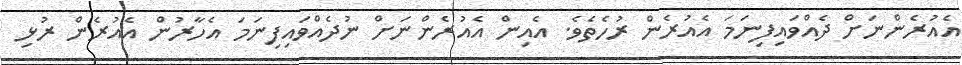
އެއުރެންނަށް ދެއްވައިފިނަމަ އެއުރެން ރުހެތެވެ. އެއިން އެއުރެންނަށް ނުދެއްވައިފިނަމަަ އެހާރުން އެއުރެން ރުޅި